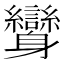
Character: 𨊟